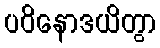
ပဝိနောဒယိတွာ